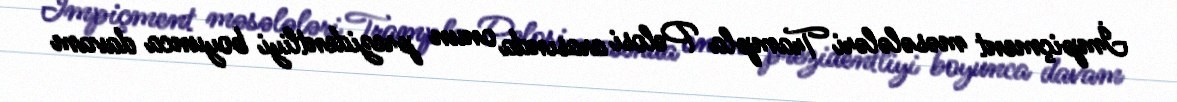
İmpiçment məsələləri Trampla Pelosi arasında onun prezidentliyi boyunca davam